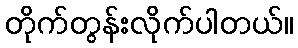
တိုက်တွန်းလိုက်ပါတယ်။